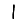
Digit: 1